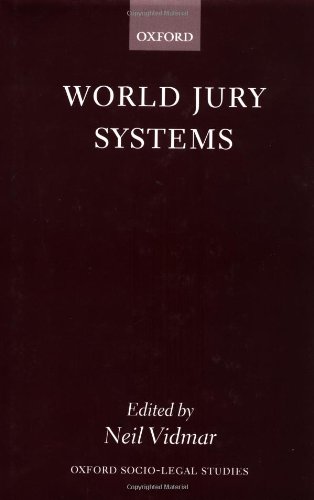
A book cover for World Jury Systems (Oxford Socio-Legal Studies); Law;